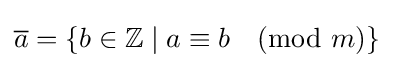
{\overline {a}}=\{b\in \mathbb {Z} \mid a\equiv b{\pmod {m}}\}